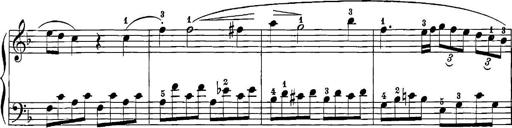
Title: 12 Sonatinas
Composer: Ignaz Pleyel